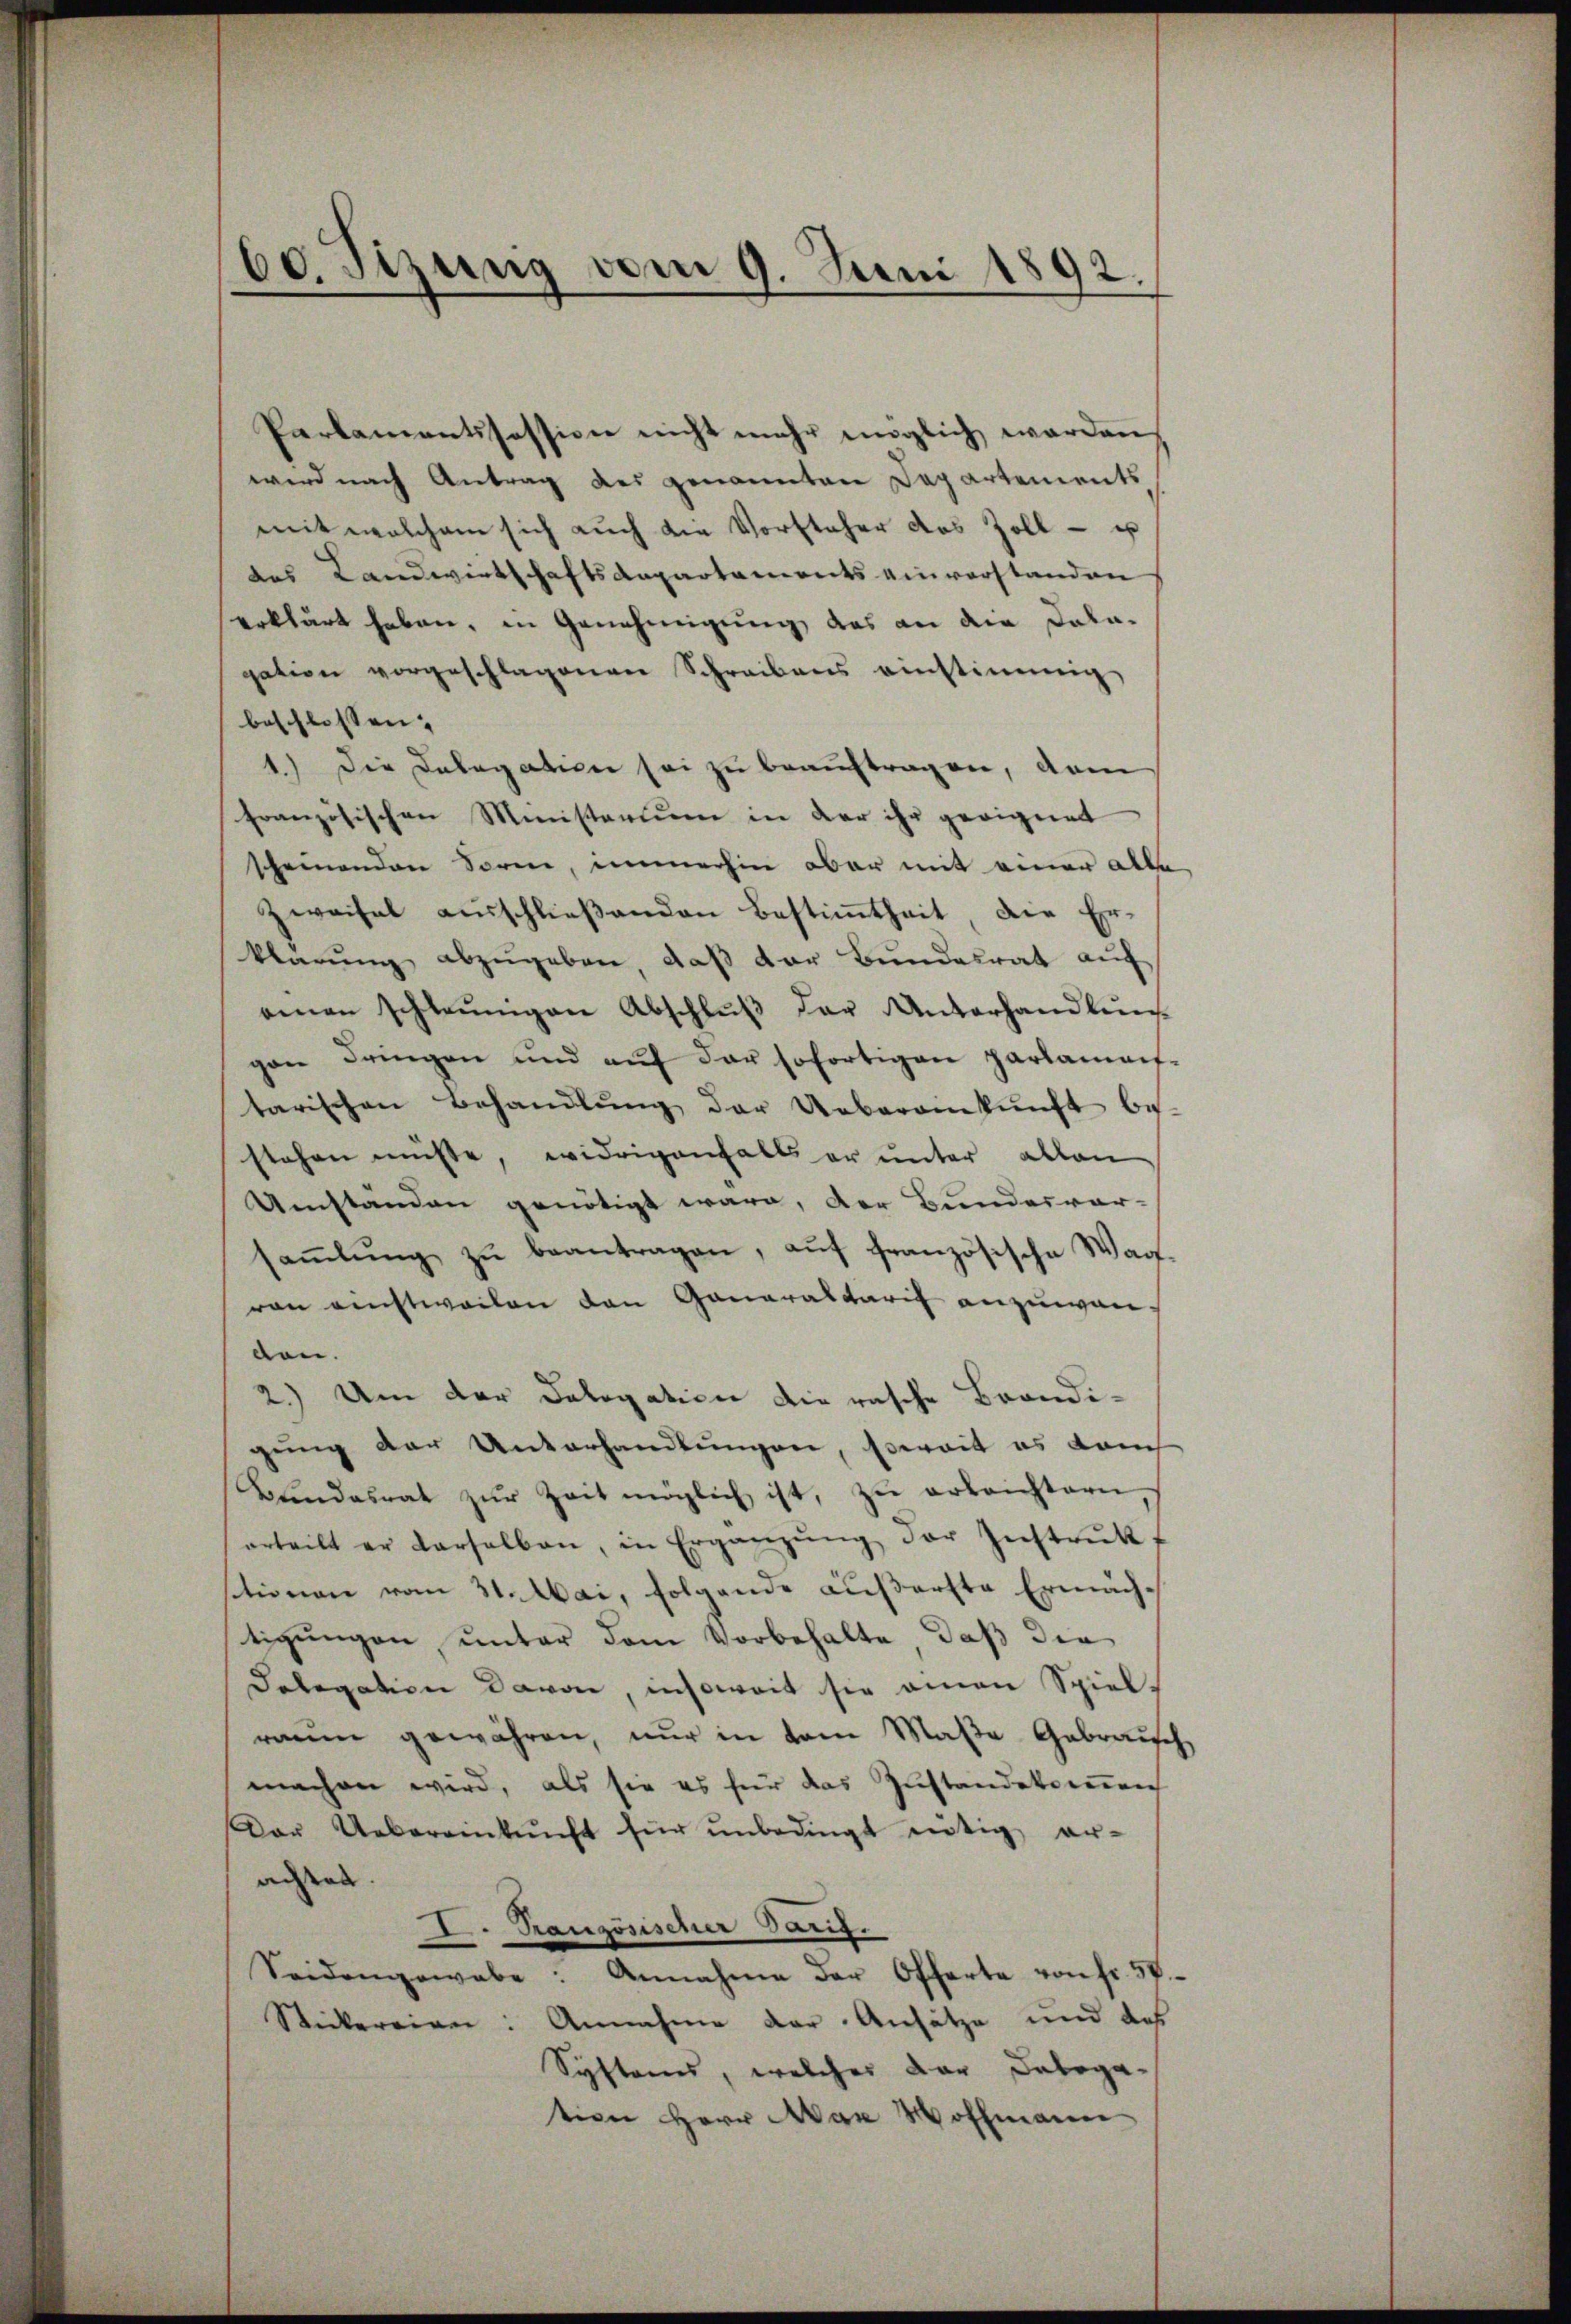
60. Sizung vom 9. Juni 1892.

Parlamentssession nicht mehr möglich werden
wird nach Antrag des genannten Departements
mit welchem sich auch die Vorsteher das Zoll- u
des Landwirtschaftsanpartements einverstanden
erklärt haben, in Genehmigung, das an die Kala-
gation vorgeschlagenen Schreibens einstimmig,
beschlossen.
1.) Die Delegation sei zu beauftragen, dem
französischen Ministerium in der ihr geeignet
scheinenden Sorne, immerhin aber mit einer alle
Zweifel aŭsschlieβenden Bestimtheit die Er-
klärŭng abzŭgeben, daß der Bundesrat auf
einen schleunigen Abschlŭβ der Unterhandlŭn
gen dringen und aŭf der sofortigen parlamen-
tarischen Behandlŭng der Ueberamkŭnft be-
stehen müsse, widrigenfalls er unter allen
Umständen genötigt ware, der Bundesver-
saṁlŭng zŭ beantragen, aŭf französische War-
von einstweilen den Ganaraltarif anzuwen-
den.
2.) Um der Dologation die rasche Brandigŭng der Unterhandlŭngen, soweit es dam
Bŭndesrat zŭr Zeit möglich ist, zŭ erleichtern
erteilt er derselben, in Ergänzŭng der Instrŭkt
sitionen vom 31. Mai, folgende äußerste Ermächtigungen, unter dem Vorbehalte, daß die
Delegation davon, insoweit sie einen Spiel-
raum gewähren, nur in dem Maße Gebrauch
machen wird, als sie es für das Zustandekommen
Der Uebereinkunft für ŭnbedingt nötig er-
adel.
I. Ranzösischer Tanz.
Seidengewebe: Annahme der Offerte von fr. Sp
Stickereien: Annahme der Ansätze und das
Systems, welcher dar Delega-
tion Herr Man Wohlmann